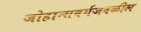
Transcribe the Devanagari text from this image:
जोहान्सबर्गजवळील